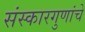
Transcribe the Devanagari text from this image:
संस्कारगुणांचे